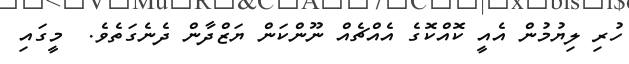
ހުރި ލިޔުމުން އެއީ ކޮއްކޮގެ އެއްޗެއް ނޫންކަން ޔަޒްދާން ދެނެގަތެވެ.  މީގައި